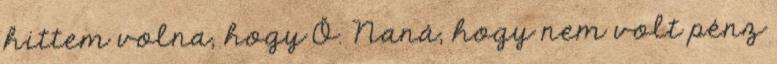
hittem volna, hogy Ő. Naná, hogy nem volt pénz